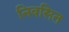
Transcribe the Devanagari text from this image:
निवसित